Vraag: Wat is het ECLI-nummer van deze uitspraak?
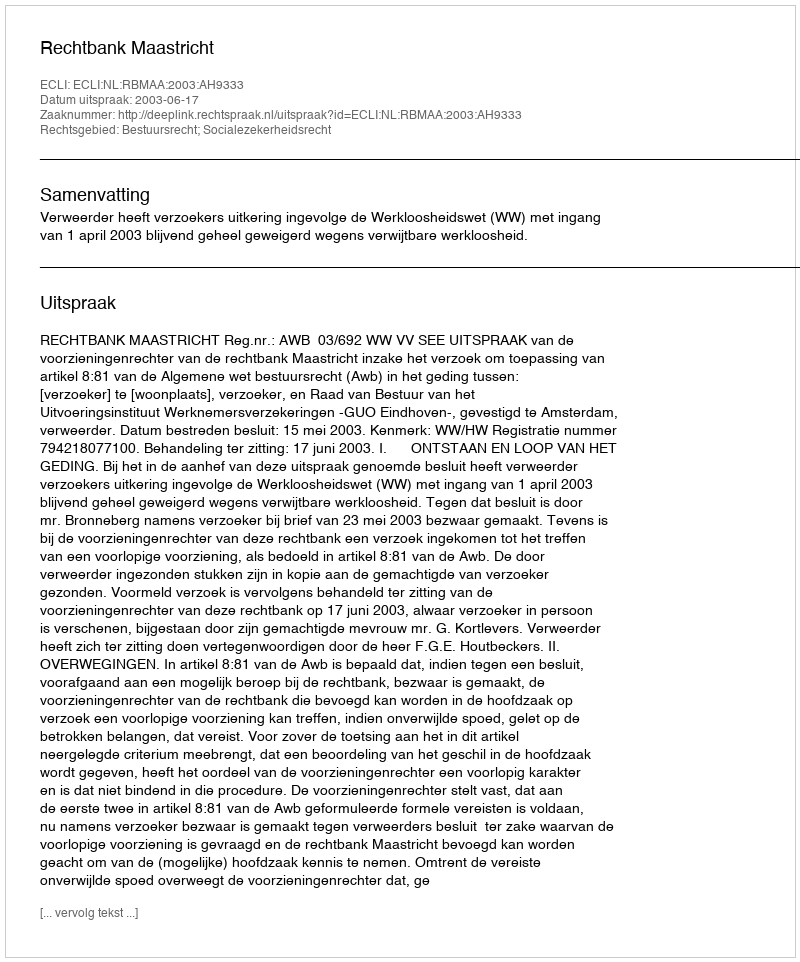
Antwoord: ECLI:NL:RBMAA:2003:AH9333